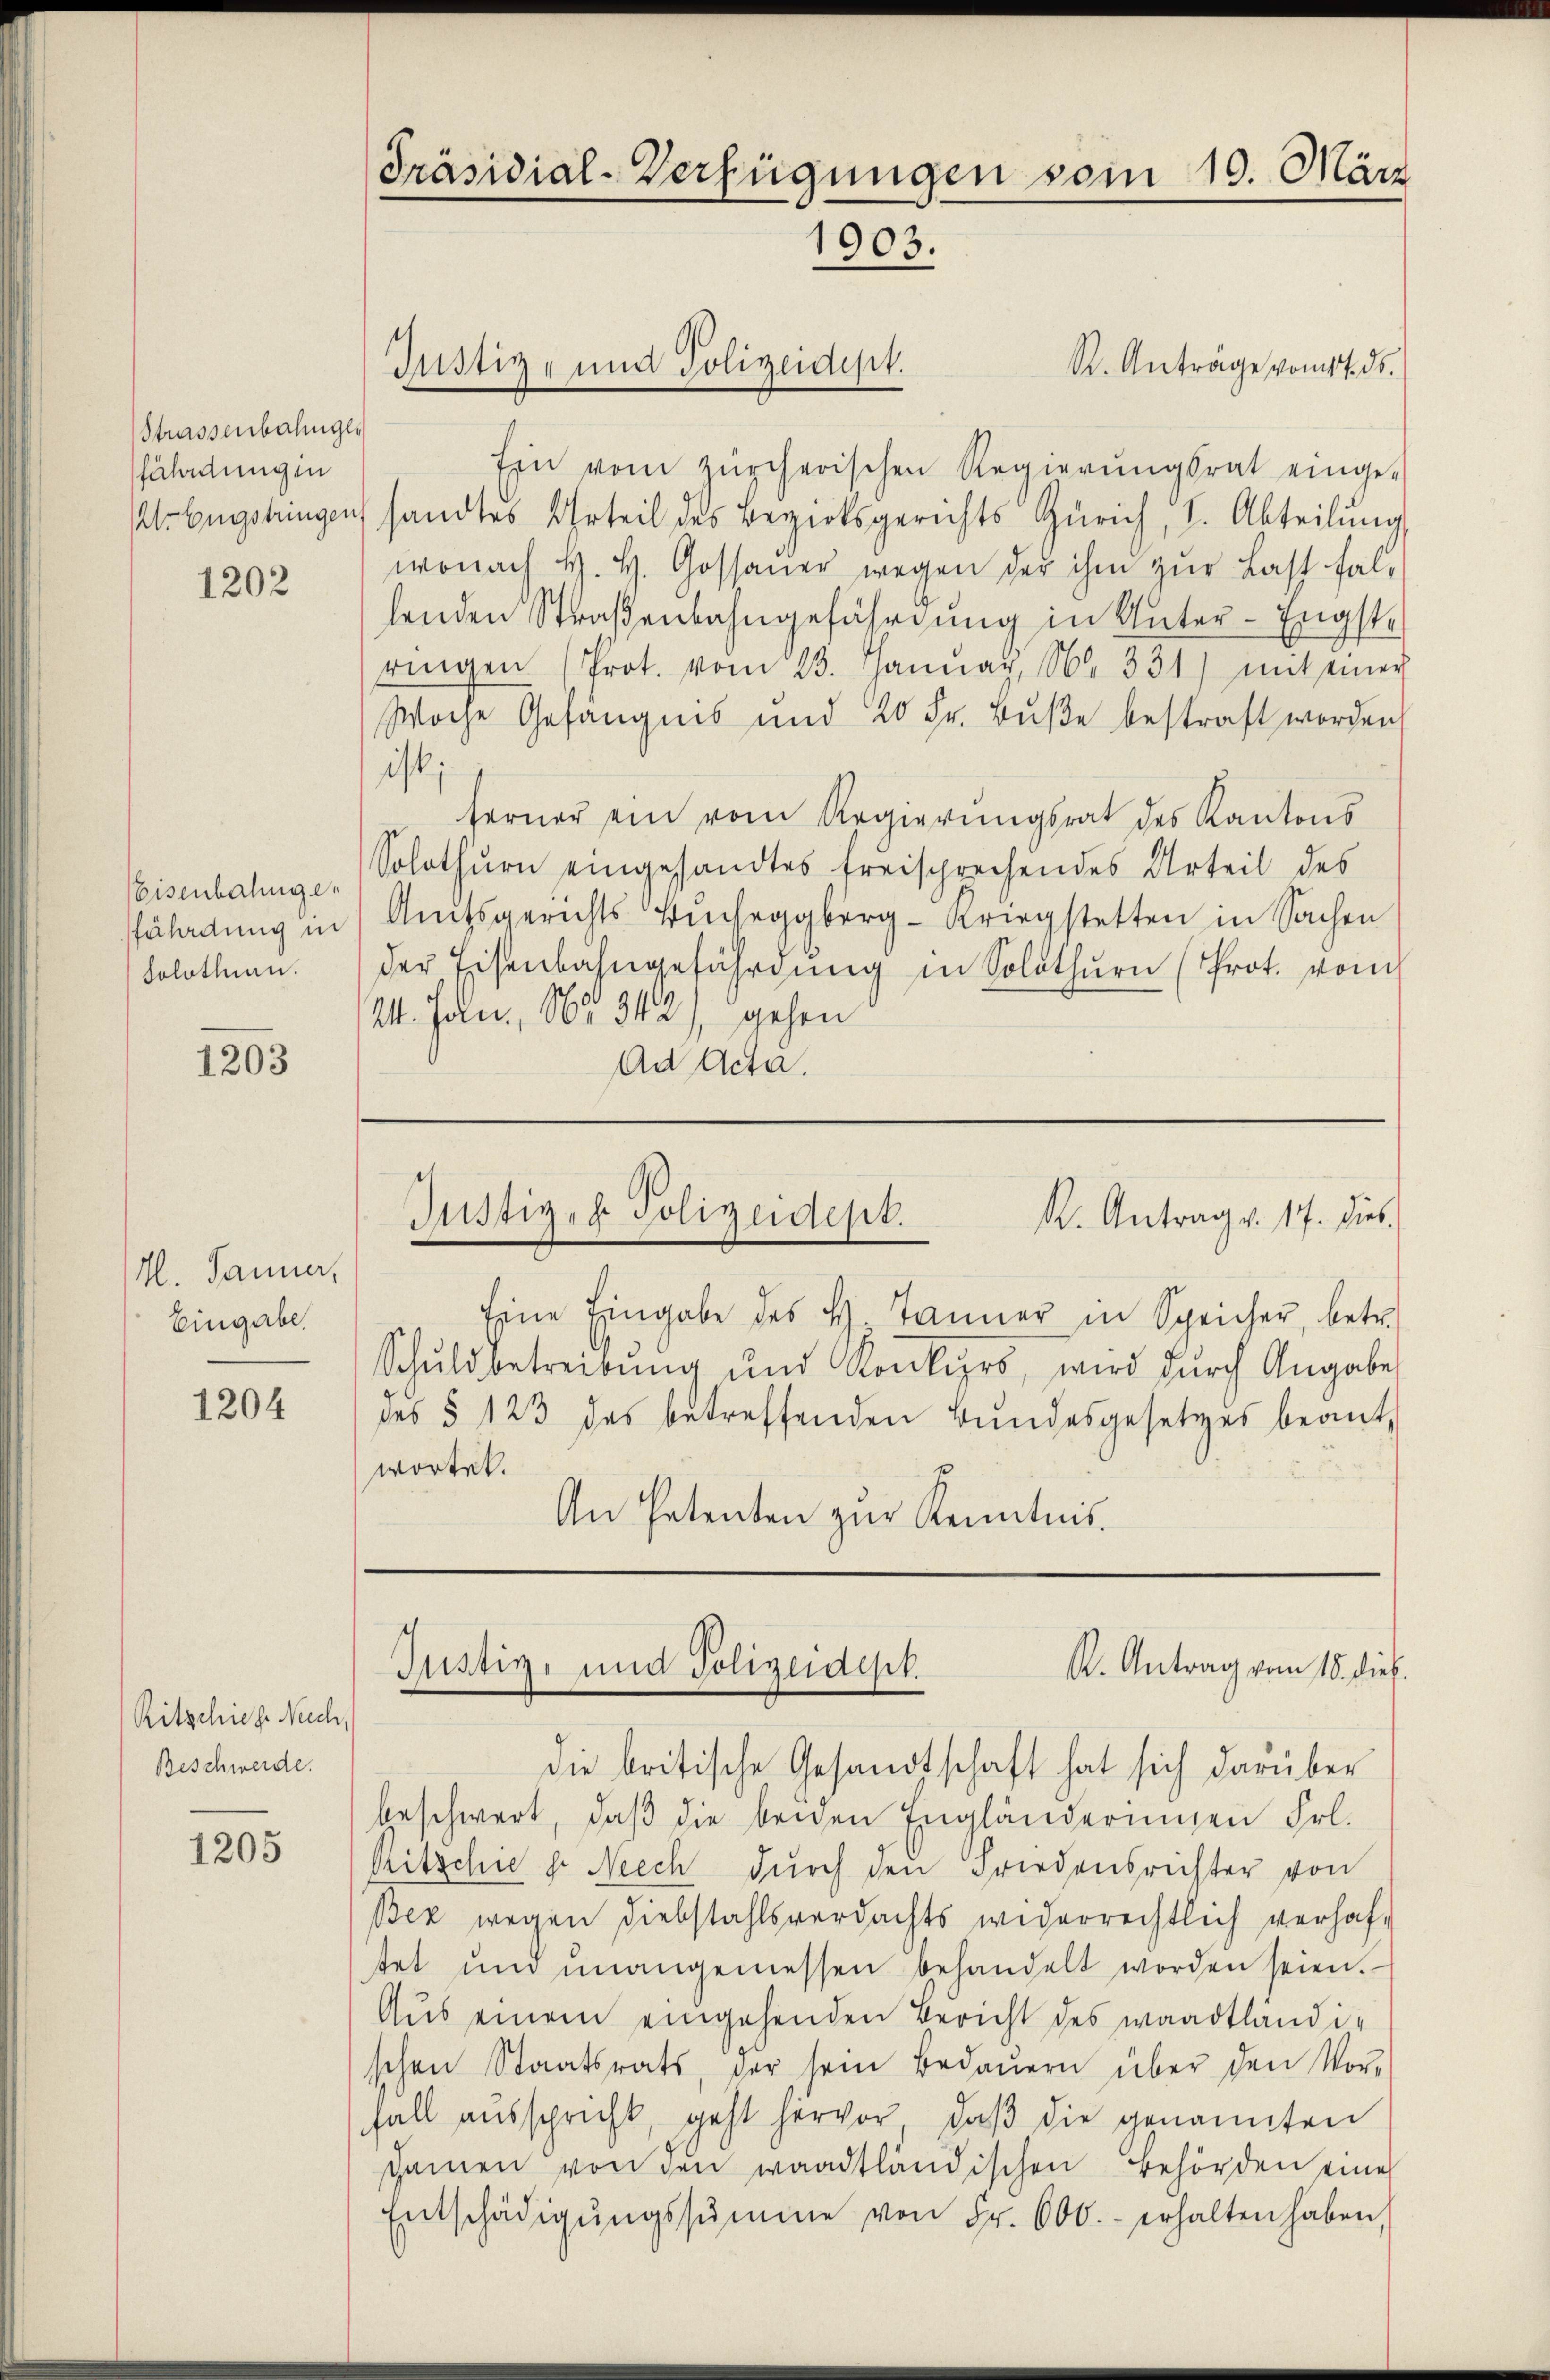
Strassenbahnges
fährdungen
Wr Engstringen

1202

Eisenbahngefährdung in
Solothurn.

1203

M. Jänner,
Eingabe.

1204

Ritschiehe Nach,
Beschwerde.

1205

Präsidial-Verfügungen von 10. März
1903.

Justiz- und Polizeidigt.

R. Anträge vom 17. ds.
Ein vom zürcherischen Regierŭngsrat einge-
sandtes Urteil des Bezirksgerichts Zürich, I. Abteilŭng,
wonach H. H. Gossauer wegen der ihm zur Last falhenden Straßenbahngefährdung in Unter-Engst-
ringen (Prot. vom 13. Janŭar N. 331) mit einer
Woche Gefängnis und 20 Fr. Bŭβe bestraft worden
ist;
ferner ein vom Regierŭngsrat des Kantons
Solothurn eingesandtes freisprechendes Urteil des
Amtsgerichts Einseggberg-Kriegstetten in Sachen
der Eisenbahngefährdung in Solothurn (Prot. vom
14. Jan. No. 342), gehen
Ad Acta.

Justiz- & Polizeidept.
K. Antrag v. 17. dies

Eine Eingabe des H. Tanner in Spricher, betr.
Schuldbetreibung und Konkurs, wird durch Angabe
des § 123 des betreffenden Bundesgesetzes beant
wortet.
An Petenten zŭr Kenntnis.

A. Antrag vom 18. dieß.
Justiz, und Polizeidept.

die britische Gesandtschaft hat sich darüber
beschwert, daß die beiden Engländerungen Frl.
Ritschie dr. Neech dŭrch den Friedensrichter von
Bez wegen Diebstahlsverdachts widerrechtlich verhaftet und unangemessen behandelt worden seien.
Aus einem eingehenden Bericht des waadtländischen Staatsrats, der sein Bedaŭern über den Vor-
fall ausspricht, geht hervor, daβ die genannten
sainen von den waadtländischen Behörden eine
Entschädigŭngssumme von Fr. 600.- erhalten haben,